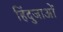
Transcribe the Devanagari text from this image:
हिंदुजाओं